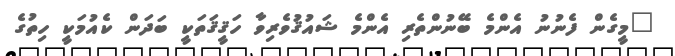
"މީގެން ފެނުނު އެންމެ ބޭނުންތެރި އެންމެ ޝައުޤުވެރިވާ ހަޤީޤަތަކީ ބަދަން ކެއުމަކީ ހިތުގެ